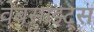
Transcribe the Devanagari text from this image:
वेबसाइट्‌स